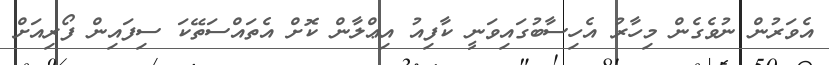
އެވަރުން ނުވެގެން މިހާރު އެހިސާބުގައިވަނީ ކާފިއު އިޢްލާން ކޮށް އެތައްސަތޭކަ ސިފައިން ފޯރިއަށް